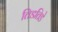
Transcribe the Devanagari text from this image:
तिडतिडे